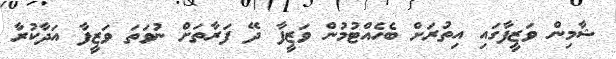
ޝާމިން ވަޒީފާގައި އިތުރަށް ބެހެއްޓުމުން ވަޒީފާ ދޭ ފަރާތަށް ނުވަތަ ވަޒީފާ އަދާކުރާ